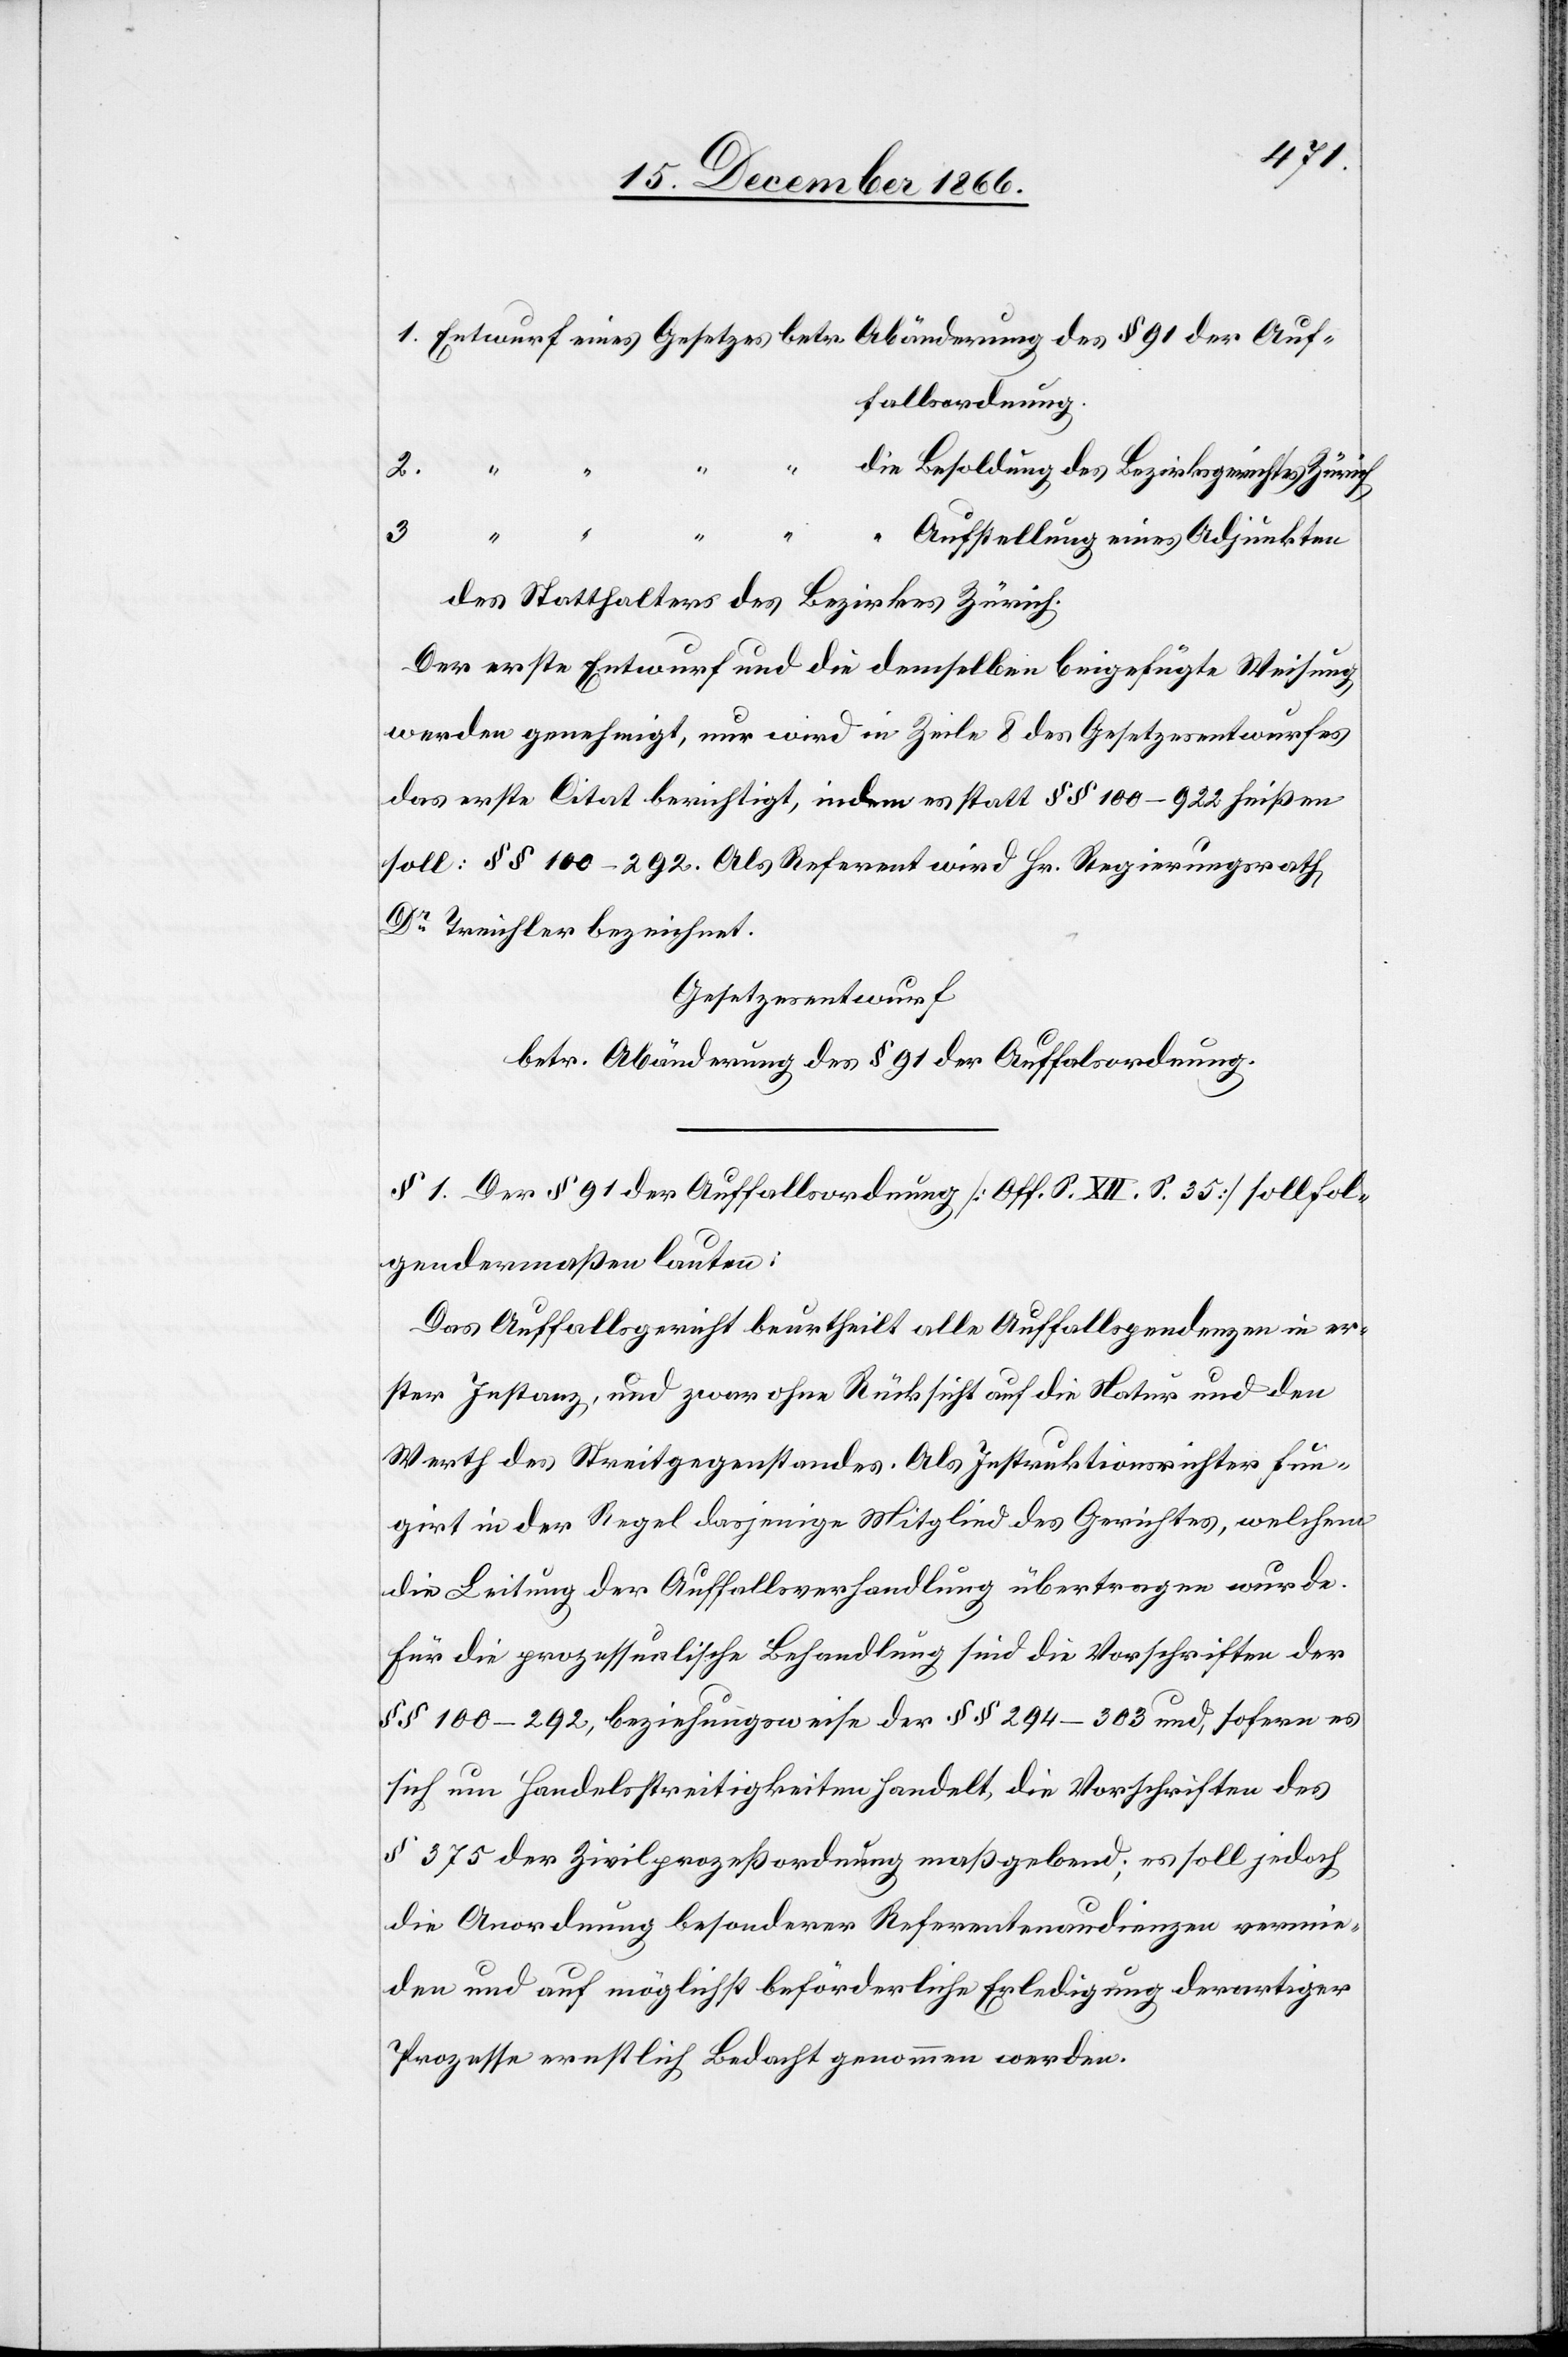
1. Entwurf eines Gesetzes betr. Abänderung des § 91 der Auf¬
fallsordnung.
2.
die Besoldung des Bezirksgerichtes Zürich
3.
“
Aufstellung eines Adjunkten
des Statthalters des Bezirkes Zürich.
Der erste Entwurf und die demselben beigefügte Weisung
werden genehmigt, nur wird in Zeile 8 des Gesetzesentwurfes
das erste Citat berichtigt, indem es statt § § 100–922 heißen
soll: § § 100–292. Als Referent wird Hr. Regierungsrath
Dr. Treichler bezeichnet.
Gesetzesentwurf
betr Abänderung des § 91 der Auffalsordnung
§ 1. Der § 91 der Auffallsordnung [Off. S. XII. S. 35] soll fol¬
gendermaßen lauten:
Das Auffallsgericht beurtheilt alle Auffallspendenzen in er¬
stern Instanz, und zwar ohne Rücksicht auf die Natur und den
Werth des Streitgegenstandes. Als Instruktionsrichter fun¬
girt in der Regel dasjenige Mitglied des Gerichtes, welchem
die Leitung der Auffallsverhandlung übertragen wurde.
Für die prozessualische Behandlung sind die Vorschriften der
§ § 100–292, beziehungsweise der § § 294–303 und, sofern es
sich um Handelsstreitigkeiten handelt, die Vorschriften des
§ 375 der Zivilprozeßordnung maßgebend; es soll jedoch
die Anordnung besonderer Referentenaudienzen vermie¬
den und auf möglichst beförderliche Erledigung derartiger
Prozesse ernstlich Bedacht genommen werden.